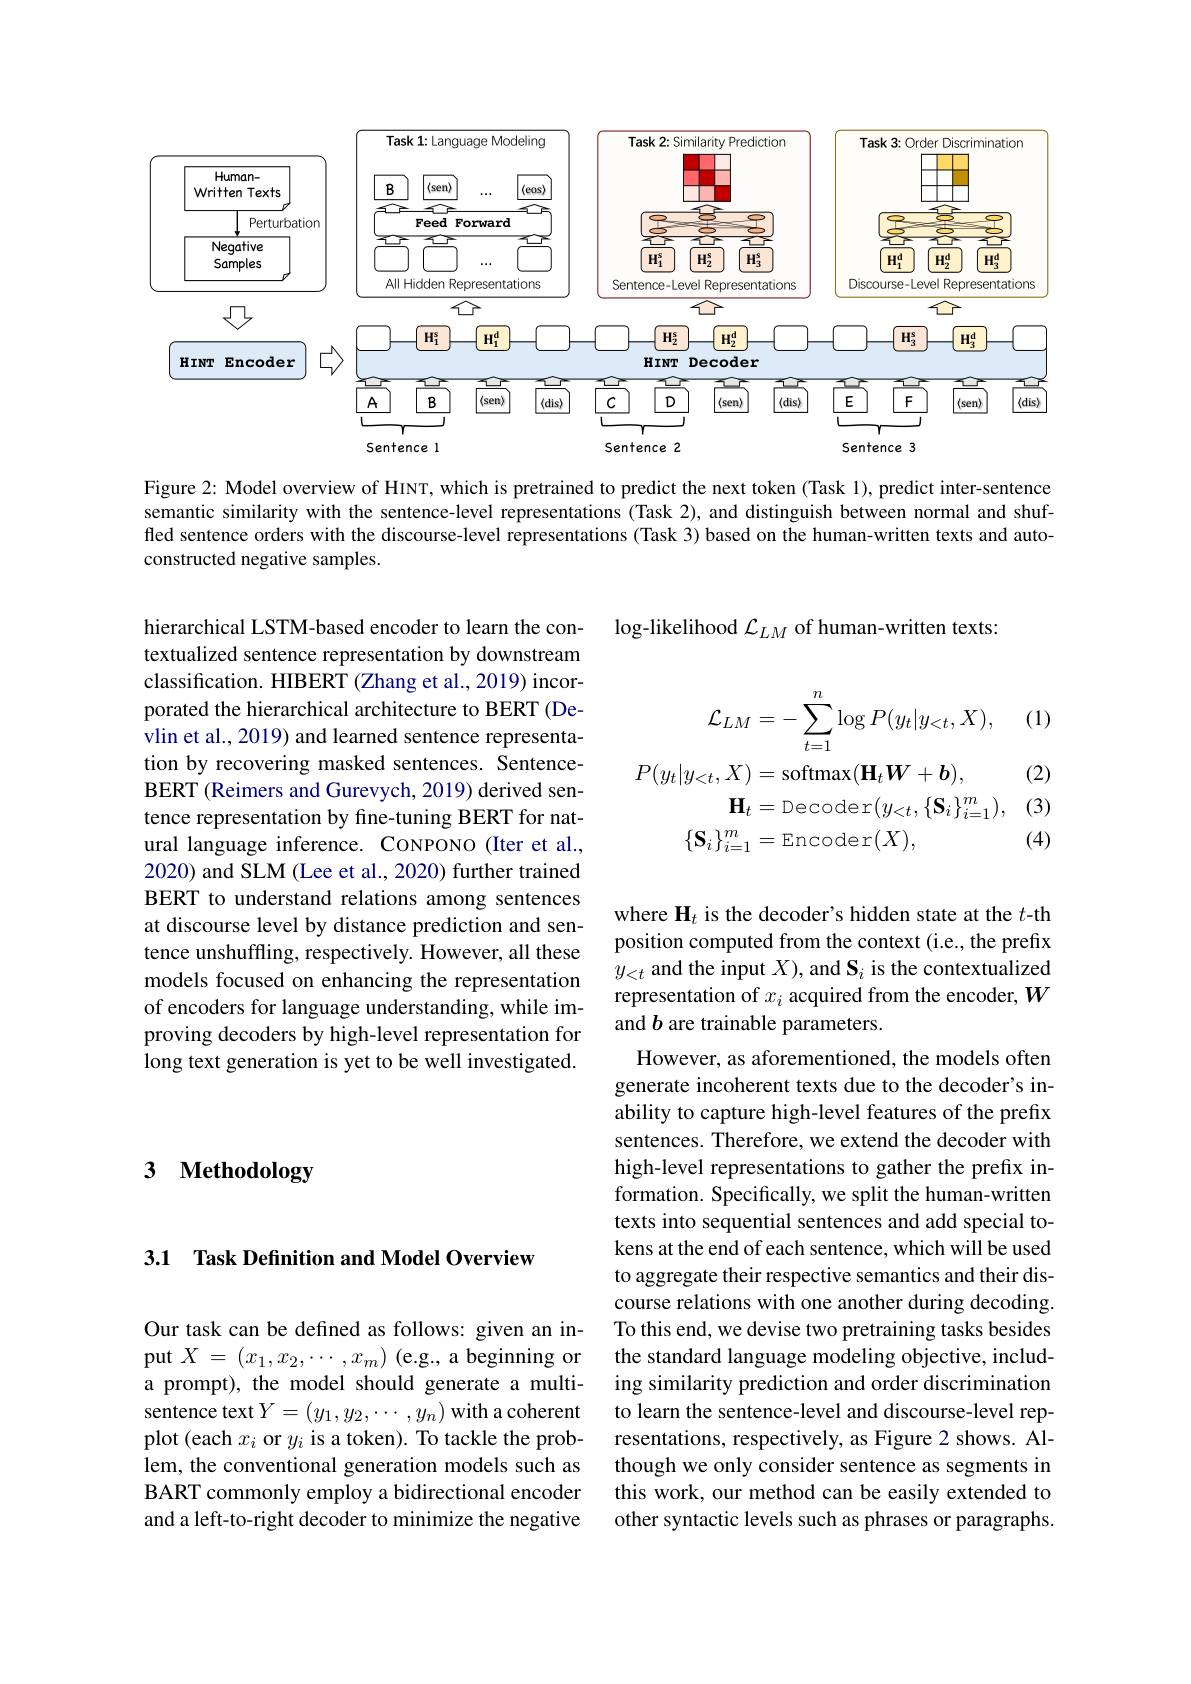
<FigureHere>

Figure 2: Model overview of HINT, which is pretrained to predict the next token (Task 1), predict inter-sentence semantic similarity with the sentence-level representations (Task 2), and distinguish between normal and shuffled sentence orders with the discourse-level representations (Task 3) based on the human-written texts and autoconstructed negative samples.

$\log$-likelihood $\mathcal{L}_LM$ of human-written texts:

(1)
$$\begin{aligned}\mathcal{L}_{LM}&=-\sum_{t=1}^{n}\log P(y_{t}|y_{<t},X),\\P(y_{t}|y_{<t},X)&=\operatorname{softmax}(\mathbf{H}_{t}\boldsymbol{W}+\boldsymbol{b}),\\\mathbf{H}_{t}&=\operatorname{Decoder}(y_{<t},\{\mathbf{S}_{i}\}_{i=1}^{m}),\\\{\mathbf{S}_{i}\}_{i=1}^{m}&=\operatorname{Encoder}(X),\end{aligned}$$
(2)

(3)

(4)

hierarchical LSTM-based encoder to learn the contextualized sentence representation by downstream classification. HIBERT (Zhang et al., 2019) incorporated the hierarchical architecture to BERT (Devlin et al., 2019) and learned sentence representation by recovering masked sentences. SentenceBERT (Reimers and Gurevych, 2019) derived sentence representation by fine-tuning BERT for natural language inference. CONPONO (Iter et al., 2020) and SLM (Lee et al., 2020) further trained BERT to understand relations among sentences at discourse level by distance prediction and sentence unshuffling, respectively. However, all these models focused on enhancing the representation of encoders for language understanding, while improving decoders by high-level representation for long text generation is yet to be well investigated.

where H$_t$ is the decoder's hidden state at the $t$-th position computed from the context (i.e., the prefix $\dot{y}_{<t}$ and the input $X)$, and $\mathbf{S}_i$ is the contextualized representation of $x_i$ acquired from the encoder, $W$ and $b$ are trainable parameters.

# 3 Methodology

However, as aforementioned, the models often generate incoherent texts due to the decoder's inability to capture high-level features of the prefix sentences. Therefore, we extend the decoder with high-level representations to gather the prefix information. Specifically, we split the human-written texts into sequential sentences and add special tokens at the end of each sentence, which will be used to aggregate their respective semantics and their discourse relations with one another during decoding. To this end, we devise two pretraining tasks besides the standard language modeling objective, including similarity prediction and order discrimination to learn the sentence-level and discourse-level representations, respectively, as Figure 2 shows. Although we only consider sentence as segments in this work, our method can be easily extended to other syntactic levels such as phrases or paragraphs

## 3.1 Task Definition and Model Overview

Our task can be defined as follows: given an input $X=(x_1,x_2,\cdots,x_m)$ (e.g., a beginning or a prompt), the model should generate a multisentence text$Y=(y_1,y_2,\cdots,y_n)$ with a coherent plot (each $x_i$ or $y_i$ is a token). To tackle the problem, the conventional generation models such as BART commonly employ a bidirectional encoder and a left-to-right decoder to minimize the negative